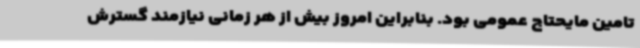
تامین مایحتاج عمومی بود. بنابراین امروز بیش از هر زمانی نیازمند گسترش